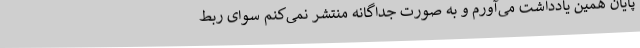
پایان همین یادداشت می‌آورم و به صورت جداگانه منتشر نمی‌کنم سوای ربط